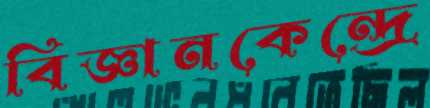
বিজ্ঞানকেন্দ্রে